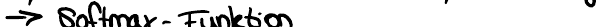
-> Softmax - Funktion